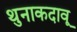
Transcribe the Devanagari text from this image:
थुनाकदावू